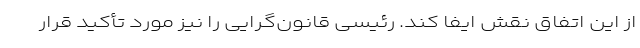
از این اتفاق نقش ایفا کند. رئیسی قانون‌گرایی را نیز مورد تأکید قرار